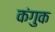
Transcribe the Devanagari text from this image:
कंगुक